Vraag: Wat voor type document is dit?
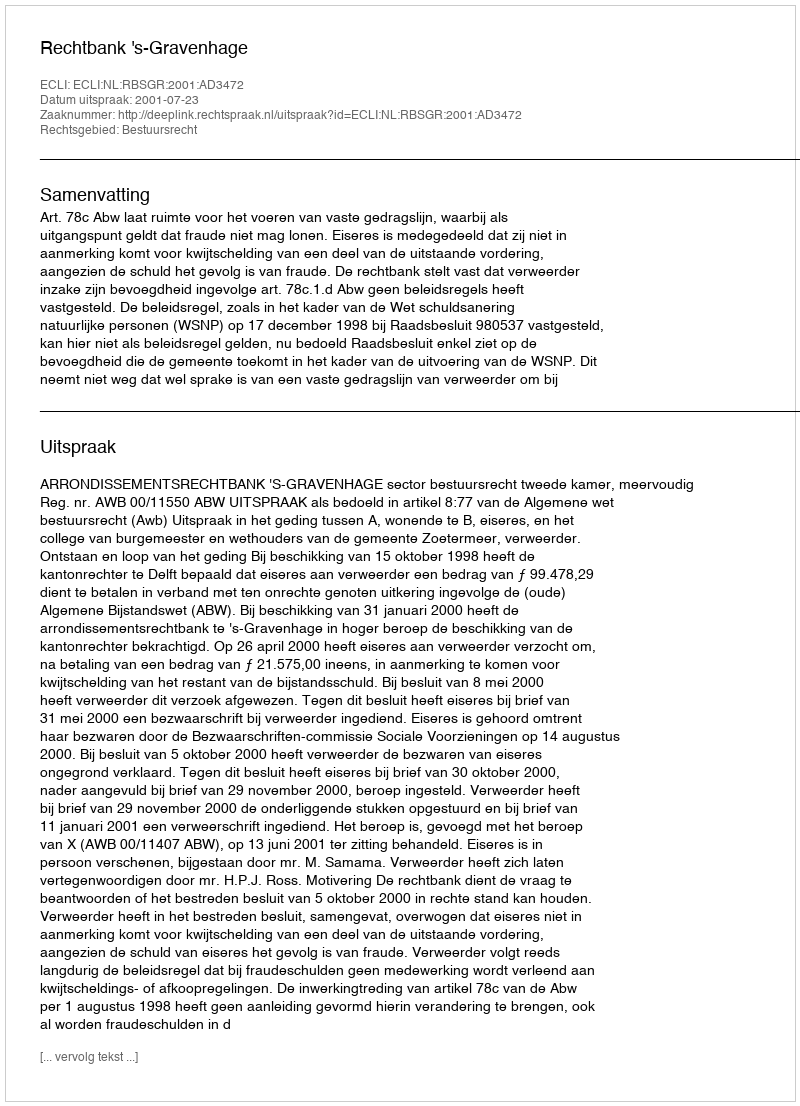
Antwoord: Uitspraak